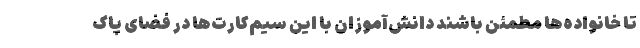
تا خانواده‌ها مطمئن باشند دانش‌آموزان با این سیم‌کارت‌ها در فضای پاک